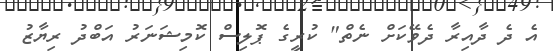
އެ ދެ ދާއިރާ ދެވޭކަށް ނެތް" ކުރީގެ ޕޮލިސް ކޮމިޝަނަރު އަބްދު ރިޔާޒު